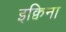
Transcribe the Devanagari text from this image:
इक्विना